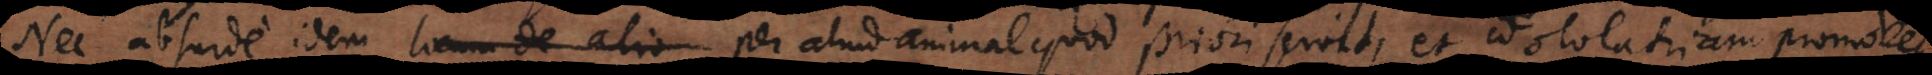
Nec absurde idem per aliud animal quod priori servit, et idololatriam promovet